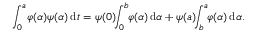
\int _ { 0 } ^ { a } \! \varphi ( \alpha ) \psi ( \alpha ) \, \mathrm d t = \psi ( 0 ) \! \! \int _ { 0 } ^ { b } \! \! \varphi ( \alpha ) \, \mathrm d \alpha + \psi ( a ) \! \! \int _ { b } ^ { a } \! \! \varphi ( \alpha ) \, \mathrm d \alpha .